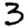
Digit: 3